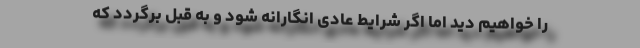
را خواهیم دید اما اگر شرایط عادی انگارانه شود و به قبل برگردد که